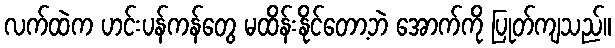
လက်ထဲက ဟင်းပန်ကန်တွေ မထိန်းနိုင်တော့ဘဲ အောက်ကို ပြုတ်ကျသည်။